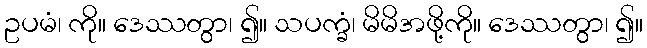
ဥပမံ၊ ကို။ ဒေဿတွာ၊ ၍။ သပက္ခံ၊ မိမိအဖို့ကို။ ဒေဿတွာ၊ ၍။